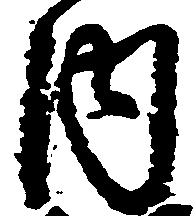
内